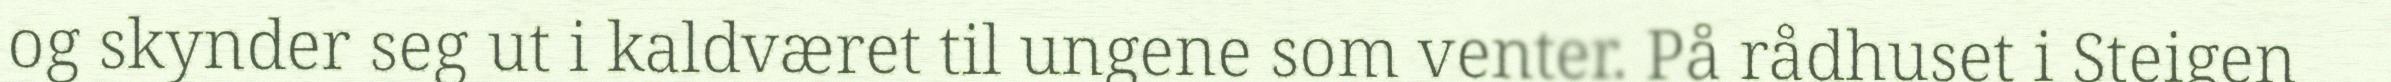
og skynder seg ut i kaldværet til ungene som venter. På rådhuset i Steigen